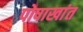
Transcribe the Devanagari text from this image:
पोषाखांत